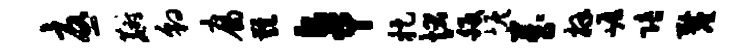
忧麝豹腐难卓捉状皈恢藏拜崖陪厘